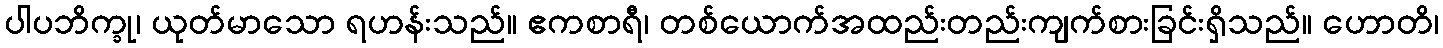
ပါပဘိက္ခု၊ ယုတ်မာသော ရဟန်းသည်။ ဧကစာရီ၊ တစ်ယောက်အထည်းတည်းကျက်စားခြင်းရှိသည်။ ဟောတိ၊